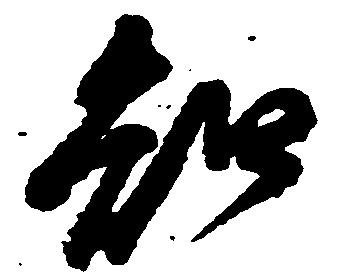
知